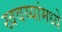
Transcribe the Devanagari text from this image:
खवय्यांमध्ये